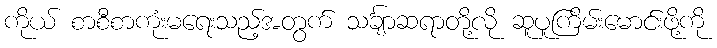
ကိုယ် စာစီစာကုံးမရေးသည့်အတွက် သင်္ချာဆရာတို့လို ဆူပူကြိမ်းမောင်းဖို့ကို